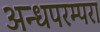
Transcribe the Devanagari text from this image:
अन्धपरम्परा